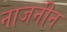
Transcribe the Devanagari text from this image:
नाजनीन